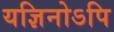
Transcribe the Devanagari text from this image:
यज्ञिनोऽपि